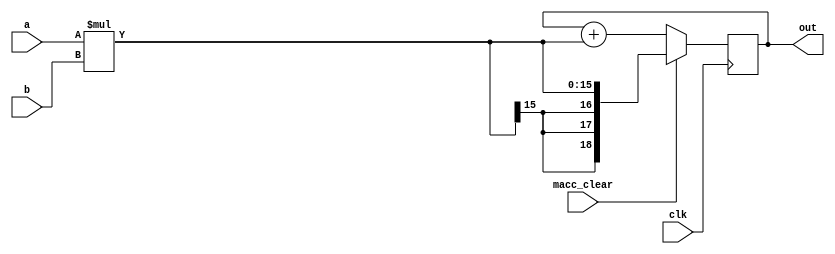
module MAC(a, b, macc_clear, clk, out);
	input signed 		[7:0]				a, b;
	input										macc_clear, clk;
	output reg signed	[18:0]			out;
	
	always @ (posedge clk)
	begin
		if (~macc_clear)
		begin
			out <= out + a * b;
		end
		else
		begin
			out <= a * b;
		end
	end
endmodule